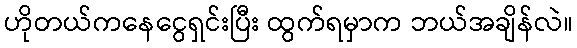
ဟိုတယ်ကနေငွေရှင်းပြီး ထွက်ရမှာက ဘယ်အချိန်လဲ။